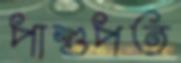
পাশুপত